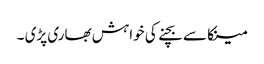
مینکا سے بچنے کی خواہش بھاری پڑی ۔